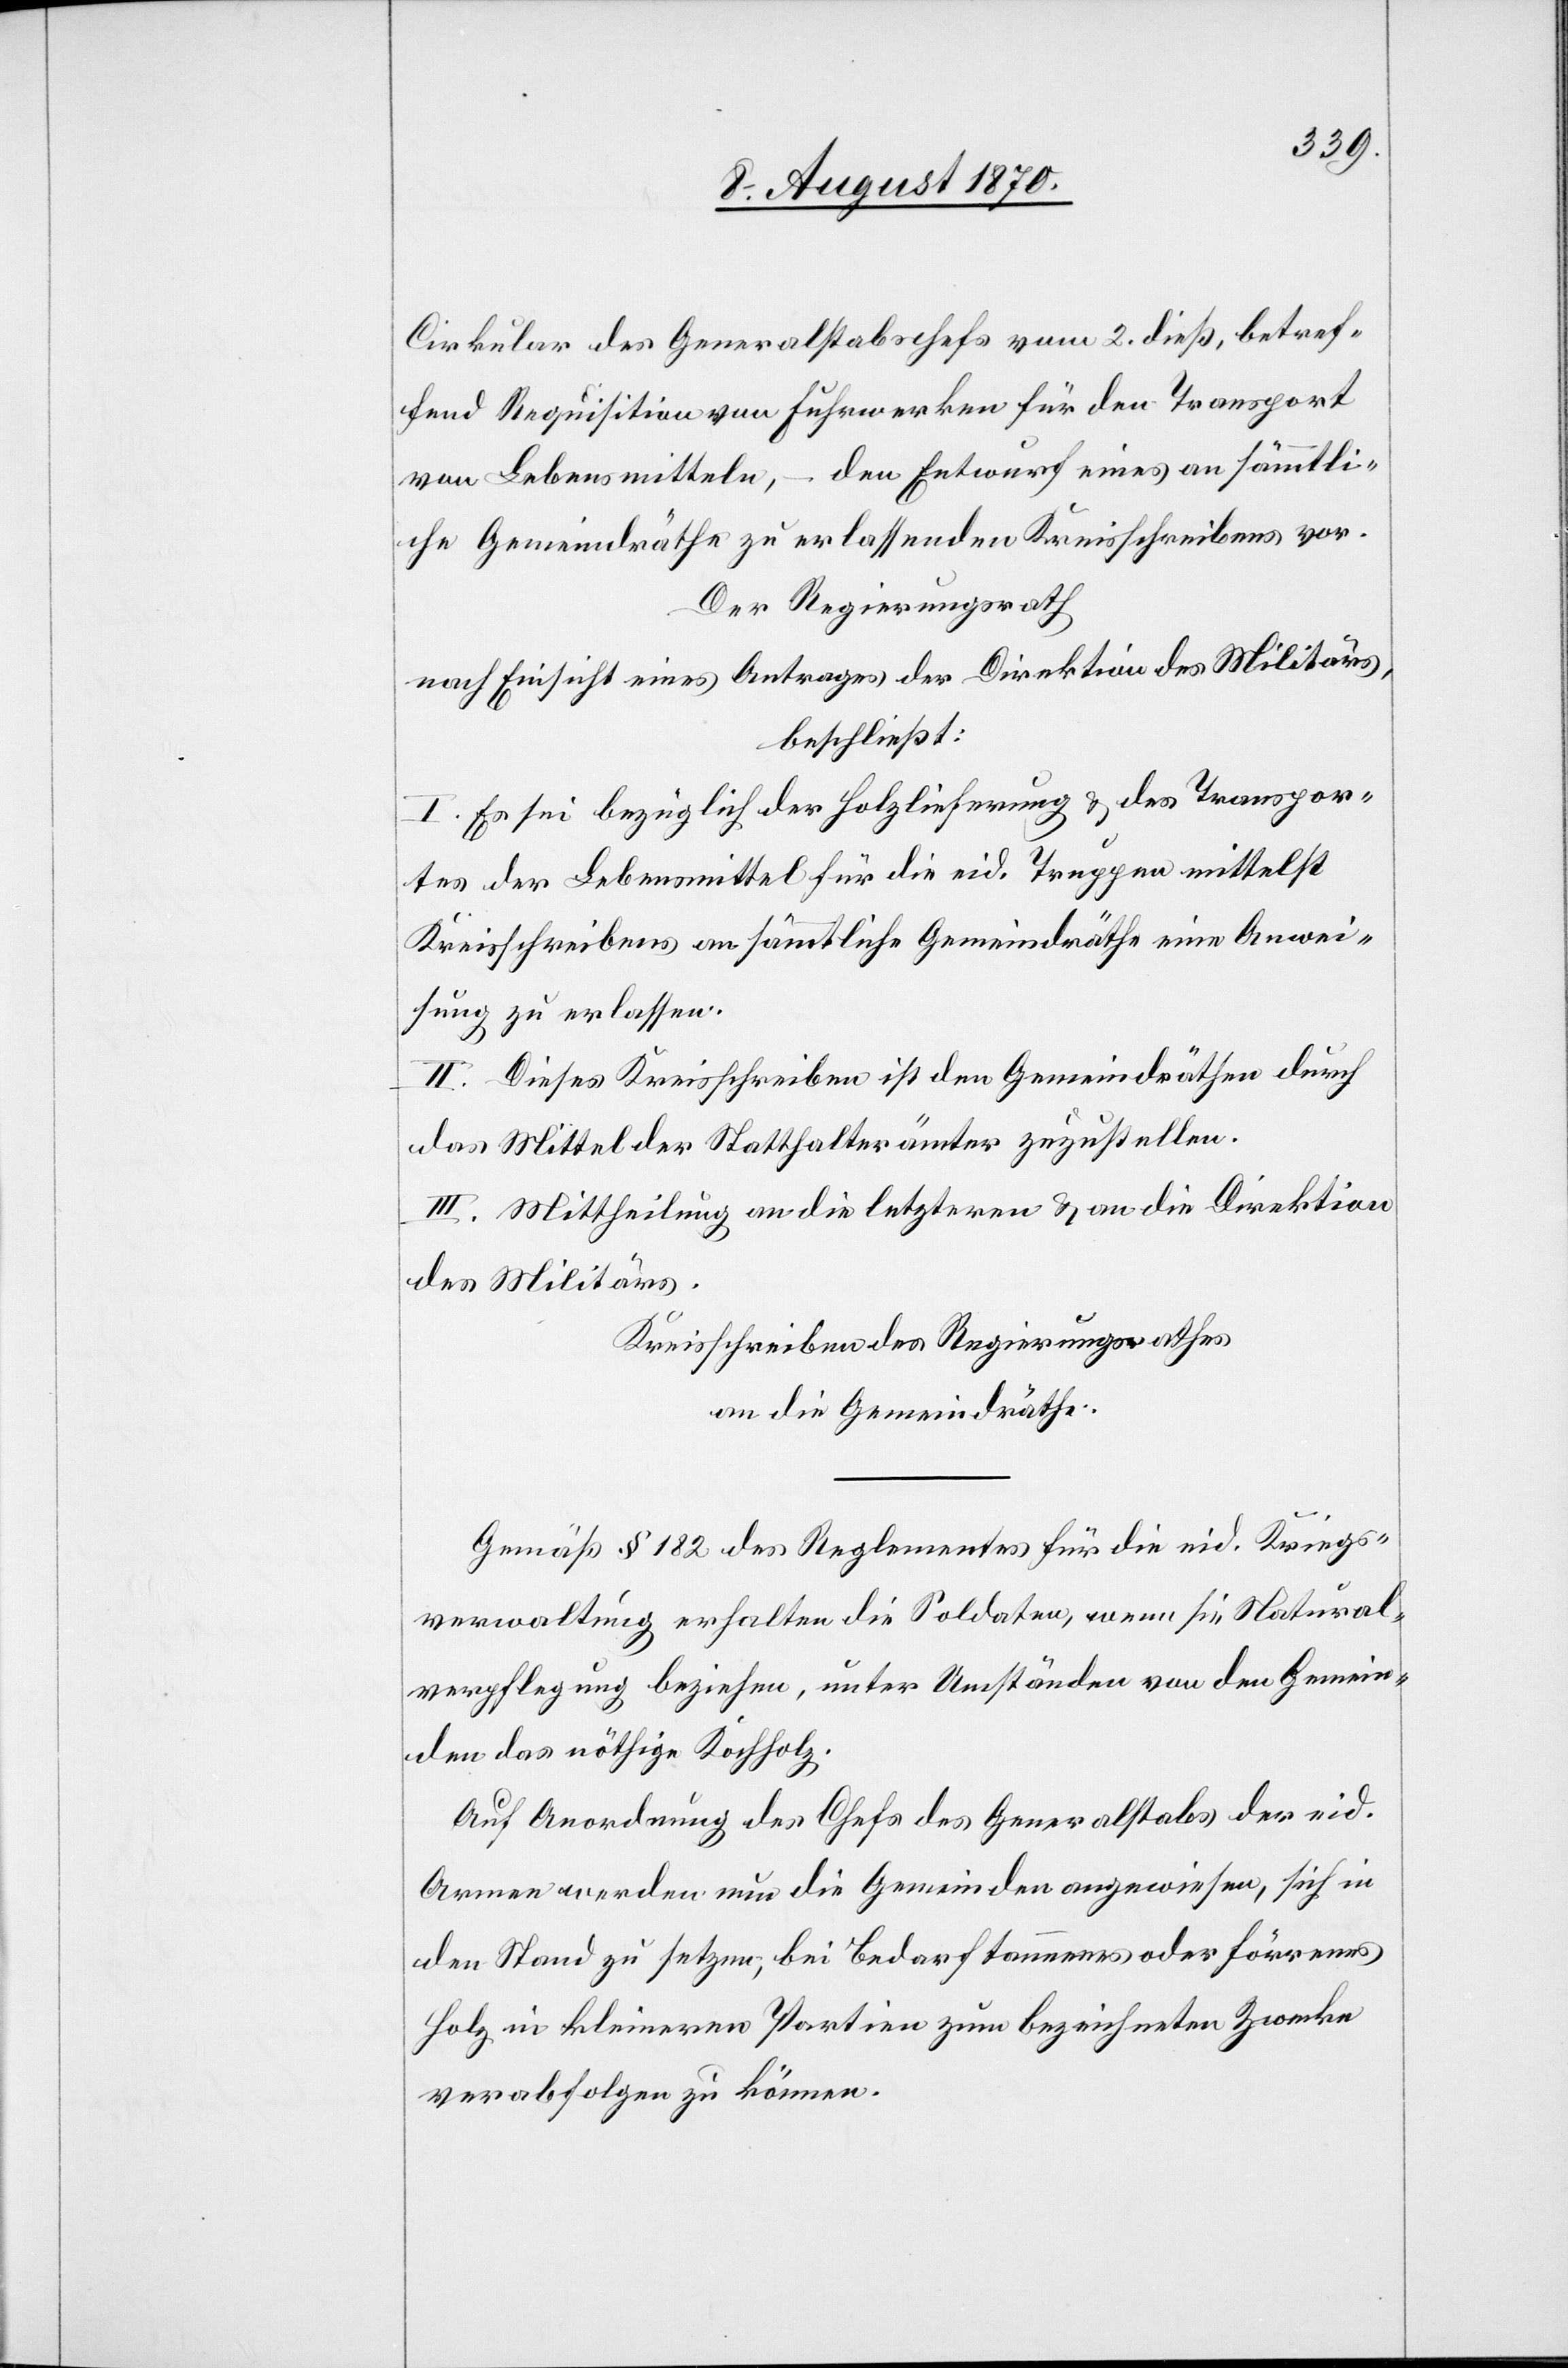
Cirkular[s] des Generalstabschefs vom 2. dieß, betref¬
fend Requisition von Fuhrwerken für den Transport
von Lebensmitteln, – den Entwurf eines an sämmtli¬
che Gemeindräthe zu erlassenden Kreisschreibens vor.
Der Regierungsrath
nach Einsicht eines Antrages der Direktion des Militärs,
_________
I. Es sei bezüglich der Holzlieferung & des Transpor¬
tes der Lebensmittel für die eid. Truppen mittelst
Kreisschreibens an sämmtliche Gemeindräthe eine Anwei¬
sung zu erlassen.
II. Dieses Kreisschreiben ist den Gemeindräthen durch
das Mittel des Statthalterämter zuzustellen.
III. Mittheilung an die letzteren & an die Direktion
des Militärs.
Kreisschreiben des Regierungsrathes
an die Gemeindräthe.
Gemäß § 182 des Reglementes für die eid. Kriegs¬
verwaltung erhalten die Soldaten, wenn sie Natural¬
verpflegung beziehen, unter Umständen von den Gemein¬
den das nöthige Kochholz.
Auf Anordnung des Chefs des Generalstabes der eid.
Armee werden nun die Gemeinden angewiesen, sich in
den Stand zu setzen, bei Bedarf tannenes oder förrenes
Holz in kleineren Partien zum bezeichneten Zwecke
verabfolgen zu können.